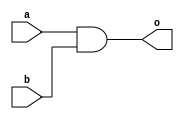
module and_struct(a,b,o);

input a,b;
output o;

and(o,a,b);
endmodule